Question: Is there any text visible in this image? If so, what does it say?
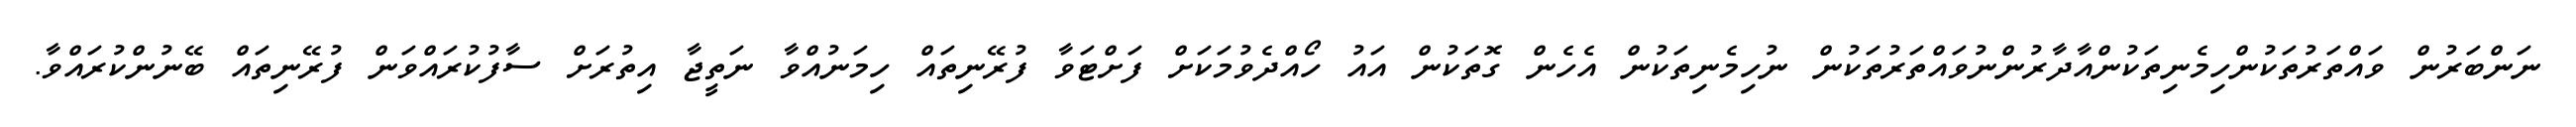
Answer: ނަންބަރުން ވައްތަރުތަކުންހިމެނިތަކުންއާދާރުންނުވައްތަރުތަކުން ނުހިމެނިތަކުން އެހެން ގޮތަކުން އައު ހޯއްދެވުމަކަށް ފަށްޓަވާ ފުރޭނިތައް ހިމަނުއްވާ ނަތީޖާ އިތުރަށް ސާފުކުރައްވަން ފުރޭނިތައް ބޭނުންކުރައްވާ.